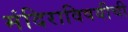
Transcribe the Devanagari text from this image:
मंदिराविषयीची